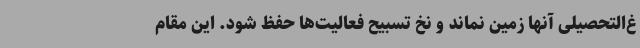
غ‌التحصیلی آنها زمین نماند و نخ تسبیح فعالیت‌ها حفظ شود. این مقام